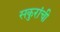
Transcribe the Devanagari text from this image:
सकुरांची